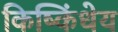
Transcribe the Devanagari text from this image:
किष्किंधेय